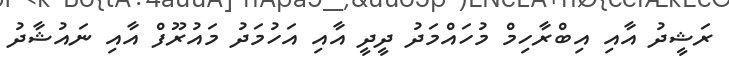
ރަޝީދު އާއި އިބްރާހިމް މުހައްމަދު ދީދީ އާއި އަހުމަދު މައުރޫފް އާއި ނައުޝާދު